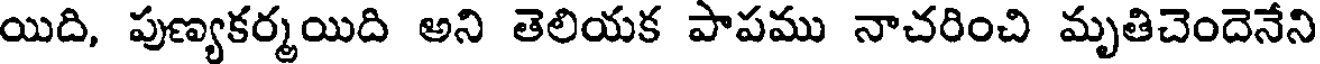
యిది, పుణ్యకర్మయిది అని తెలియక పాపము నాచరించి మృతిచెందెనేని